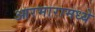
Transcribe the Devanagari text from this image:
आरमारामध्ये